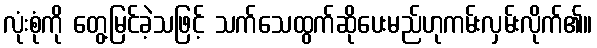
လုံးစုံကို တွေ့မြင်ခဲ့သဖြင့် သက်သေထွက်ဆိုပေးမည်ဟုကမ်းလှမ်းလိုက်၏။